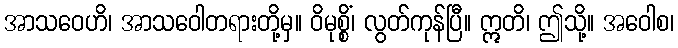
အာသဝေဟိ၊ အာသဝေါတရားတို့မှ။ ဝိမုစ္စိံ၊ လွတ်ကုန်ပြီ။ ဣတိ၊ ဤသို့။ အဝေါစ၊